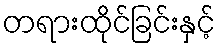
တရားထိုင်ခြင်းနှင့်